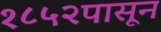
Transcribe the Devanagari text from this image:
१८५२पासून